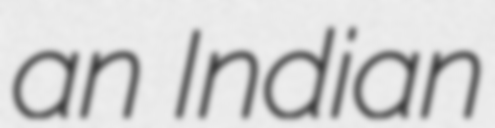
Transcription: an Indian